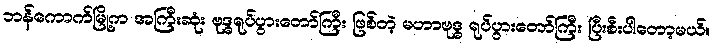
ဘန်ကောက်မြို့က အကြီးဆုံး ဗုဒ္ဓရုပ်ပွားတော်ကြီး ဖြစ်တဲ့ မဟာဗုဒ္ဓ ရုပ်ပွားတော်ကြီး ပြီးစီးပါတော့မယ်။